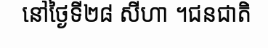
នៅថ្ងៃទី២៨ សីហា ។ជនជាតិ